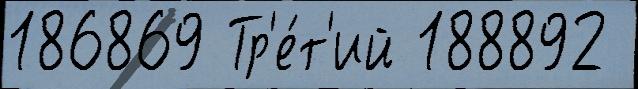
186869 Тр'е́т'ий 188892